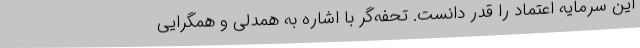
این سرمایه اعتماد را قدر دانست. تحفه‌گر با اشاره به همدلی و همگرایی